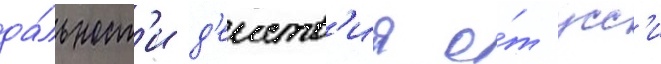
да́льност'и д'еиств'иа о́т усс'и